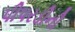
પીપરડીની